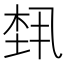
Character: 𬂴